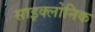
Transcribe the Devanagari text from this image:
साइक्लोनिक